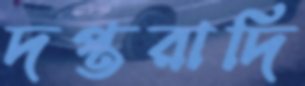
দপ্তরাদি